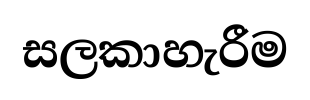
සලකාහැරීම